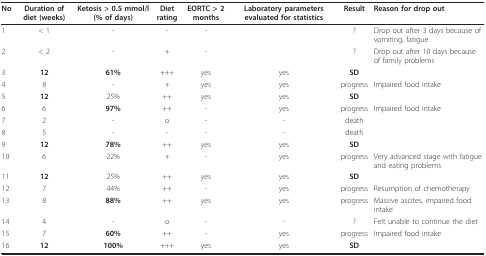
| No | Duration of diet (weeks) | Ketosis > 0.5 mmol/l (% of days) | Diet rating | EORTC > 2 months | Laboratory parameters evaluated for statistics | Result | Reason for drop out |
 | --- | --- | --- | --- | --- | --- | --- | --- |
 | 1 | < 1 | - | - | - |  | ? | Drop out after 3 days because of vomiting, fatigue |
 | 2 | < 2 | - | + | - |  | ? | Drop out after 10 days because of family problems |
 | 3 | 12 | 61% | +++ | yes | yes | SD |  |
 | 4 | 8 | - | + | yes | yes | progress | Impaired food intake |
 | 5 | 12 | 25% | ++ | yes | yes | SD |  |
 | 6 | 6 | 97% | ++ | - | yes | progress | Impaired food intake |
 | 7 | 2 | - | o | - | - | death |  |
 | 8 | 5 | - | - | - | - | death |  |
 | 9 | 12 | 78% | ++ | yes | yes | SD |  |
 | 10 | 6 | 22% | + | - | yes | progress | Very advanced stage with fatigue and eating problems |
 | 11 | 12 | 25% | ++ | yes | yes | SD |  |
 | 12 | 7 | 44% | ++ | - | yes | progress | Resumption of chemotherapy |
 | 13 | 8 | 88% | ++ | yes | yes | progress | Massive ascites, impaired food intake |
 | 14 | 4 | - | o | - | - | ? | Felt unable to continue the diet |
 | 15 | 7 | 60% | ++ | - | yes | progress | Impaired food intake |
 | 16 | 12 | 100% | +++ | yes | yes | SD |  |